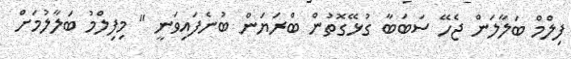
ފިލްމް ބަލާލަން ޖެހޭ ސަބަބާ ގުޅޭގޮތުން ބްރަޔަން ބުނެފައިވަނީ " މިފިލްމު ބަލާލުމަށް